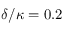
\delta / \kappa = 0 . 2